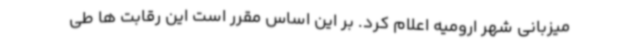
میزبانی شهر ارومیه اعلام کرد. بر این اساس مقرر است این رقابت ها طی